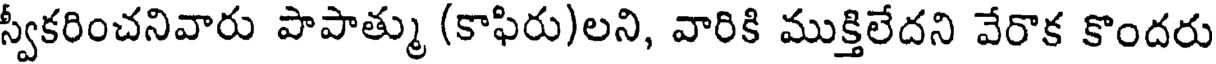
స్వీకరించనివారు పాపాత్ము (కాఫిరు)లని, వారికి ముక్తిలేదని వేరాక కొందరు